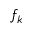
f _ { k }